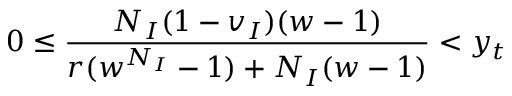
0 \le \frac { N _ { I } ( 1 - v _ { I } ) ( w - 1 ) } { r ( w ^ { N _ { I } } - 1 ) + N _ { I } ( w - 1 ) } < y _ { t }